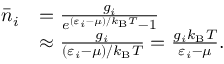
{ \begin{array} { r l } { { \bar { n } } _ { i } } & { = { \frac { g _ { i } } { e ^ { ( \varepsilon _ { i } - \mu ) / k _ { \mathrm { B } } T } - 1 } } } \\ & { \approx { \frac { g _ { i } } { ( \varepsilon _ { i } - \mu ) / k _ { \mathrm { B } } T } } = { \frac { g _ { i } k _ { \mathrm { B } } T } { \varepsilon _ { i } - \mu } } . } \end{array} }